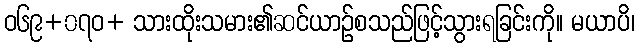
ဝ၆၉+၀၇ဝ+ သားထိုးသမား၏ဆင်ယာဉ်စသည်ဖြင့်သွားရခြင်းကို။ မယာပိ၊